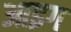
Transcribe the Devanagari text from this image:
आइग